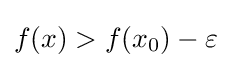
f(x)>f(x_{0})-\varepsilon